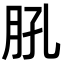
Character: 𦙥